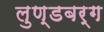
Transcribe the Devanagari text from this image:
लुण्डबर्ग